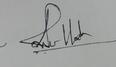
Signature authenticity: genuine